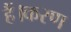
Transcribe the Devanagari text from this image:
हैं।करण